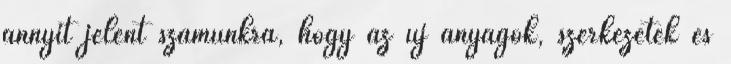
annyit jelent számunkra, hogy az új anyagok, szerkezetek és